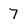
Character: 7